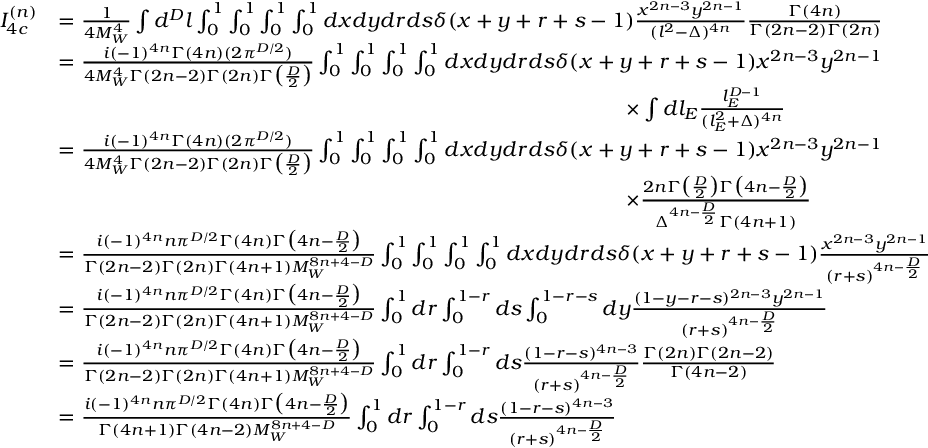
\begin{array} { r l } { I _ { 4 c } ^ { ( n ) } } & { = \frac { 1 } { 4 M _ { W } ^ { 4 } } \int d ^ { D } l \int _ { 0 } ^ { 1 } \int _ { 0 } ^ { 1 } \int _ { 0 } ^ { 1 } \int _ { 0 } ^ { 1 } d x d y d r d s \delta ( x + y + r + s - 1 ) \frac { x ^ { 2 n - 3 } y ^ { 2 n - 1 } } { ( l ^ { 2 } - \Delta ) ^ { 4 n } } \frac { \Gamma ( 4 n ) } { \Gamma ( 2 n - 2 ) \Gamma ( 2 n ) } } \\ & { = \frac { i ( - 1 ) ^ { 4 n } \Gamma ( 4 n ) ( 2 \pi ^ { D / 2 } ) } { 4 M _ { W } ^ { 4 } \Gamma ( 2 n - 2 ) \Gamma ( 2 n ) \Gamma \big ( \frac { D } { 2 } \big ) } \int _ { 0 } ^ { 1 } \int _ { 0 } ^ { 1 } \int _ { 0 } ^ { 1 } \int _ { 0 } ^ { 1 } d x d y d r d s \delta ( x + y + r + s - 1 ) x ^ { 2 n - 3 } y ^ { 2 n - 1 } } \\ & { \quad \quad \quad \quad \quad \quad \quad \quad \quad \quad \quad \quad \quad \quad \quad \quad \quad \quad \quad \quad \quad \quad \quad \quad \quad \quad \quad \times \int d l _ { E } \frac { l _ { E } ^ { D - 1 } } { ( l _ { E } ^ { 2 } + \Delta ) ^ { 4 n } } } \\ & { = \frac { i ( - 1 ) ^ { 4 n } \Gamma ( 4 n ) ( 2 \pi ^ { D / 2 } ) } { 4 M _ { W } ^ { 4 } \Gamma ( 2 n - 2 ) \Gamma ( 2 n ) \Gamma \big ( \frac { D } { 2 } \big ) } \int _ { 0 } ^ { 1 } \int _ { 0 } ^ { 1 } \int _ { 0 } ^ { 1 } \int _ { 0 } ^ { 1 } d x d y d r d s \delta ( x + y + r + s - 1 ) x ^ { 2 n - 3 } y ^ { 2 n - 1 } } \\ & { \quad \quad \quad \quad \quad \quad \quad \quad \quad \quad \quad \quad \quad \quad \quad \quad \quad \quad \quad \quad \quad \quad \quad \quad \quad \quad \quad \times \frac { 2 n \Gamma \big ( \frac { D } { 2 } \big ) \Gamma \big ( 4 n - \frac { D } { 2 } \big ) } { \Delta ^ { 4 n - \frac { D } { 2 } } \Gamma ( 4 n + 1 ) } } \\ & { = \frac { i ( - 1 ) ^ { 4 n } n \pi ^ { D / 2 } \Gamma ( 4 n ) \Gamma \big ( 4 n - \frac { D } { 2 } \big ) } { \Gamma ( 2 n - 2 ) \Gamma ( 2 n ) \Gamma ( 4 n + 1 ) M _ { W } ^ { 8 n + 4 - D } } \int _ { 0 } ^ { 1 } \int _ { 0 } ^ { 1 } \int _ { 0 } ^ { 1 } \int _ { 0 } ^ { 1 } d x d y d r d s \delta ( x + y + r + s - 1 ) \frac { x ^ { 2 n - 3 } y ^ { 2 n - 1 } } { ( r + s ) ^ { 4 n - \frac { D } { 2 } } } } \\ & { = \frac { i ( - 1 ) ^ { 4 n } n \pi ^ { D / 2 } \Gamma ( 4 n ) \Gamma \big ( 4 n - \frac { D } { 2 } \big ) } { \Gamma ( 2 n - 2 ) \Gamma ( 2 n ) \Gamma ( 4 n + 1 ) M _ { W } ^ { 8 n + 4 - D } } \int _ { 0 } ^ { 1 } d r \int _ { 0 } ^ { 1 - r } d s \int _ { 0 } ^ { 1 - r - s } d y \frac { ( 1 - y - r - s ) ^ { 2 n - 3 } y ^ { 2 n - 1 } } { ( r + s ) ^ { 4 n - \frac { D } { 2 } } } } \\ & { = \frac { i ( - 1 ) ^ { 4 n } n \pi ^ { D / 2 } \Gamma ( 4 n ) \Gamma \big ( 4 n - \frac { D } { 2 } \big ) } { \Gamma ( 2 n - 2 ) \Gamma ( 2 n ) \Gamma ( 4 n + 1 ) M _ { W } ^ { 8 n + 4 - D } } \int _ { 0 } ^ { 1 } d r \int _ { 0 } ^ { 1 - r } d s \frac { ( 1 - r - s ) ^ { 4 n - 3 } } { ( r + s ) ^ { 4 n - \frac { D } { 2 } } } \frac { \Gamma ( 2 n ) \Gamma ( 2 n - 2 ) } { \Gamma ( 4 n - 2 ) } } \\ & { = \frac { i ( - 1 ) ^ { 4 n } n \pi ^ { D / 2 } \Gamma ( 4 n ) \Gamma \big ( 4 n - \frac { D } { 2 } \big ) } { \Gamma ( 4 n + 1 ) \Gamma ( 4 n - 2 ) M _ { W } ^ { 8 n + 4 - D } } \int _ { 0 } ^ { 1 } d r \int _ { 0 } ^ { 1 - r } d s \frac { ( 1 - r - s ) ^ { 4 n - 3 } } { ( r + s ) ^ { 4 n - \frac { D } { 2 } } } } \end{array}